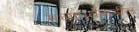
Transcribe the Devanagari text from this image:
मध्यपुर्वेकडील